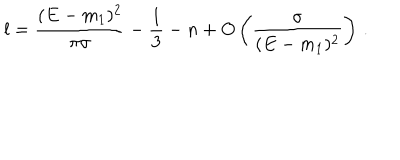
l = \frac { ( E - m _ { 1 } ) ^ { 2 } } { \pi \sigma } - \frac { 1 } { 3 } - n + O \left( \frac { \sigma } { ( E - m _ { 1 } ) ^ { 2 } } \right) \, .